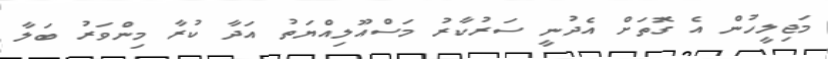
މަޖިލީހުން އެ ގޮތަށް އެދުނީ ސަރުކާރު މަސްއޫލިއްޔަތު އަދާ ކުރާ މިންވަރު ބަލާ